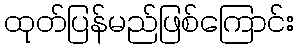
ထုတ်ပြန်မည်ဖြစ်ကြောင်း